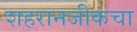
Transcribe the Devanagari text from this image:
शहरानजीकचा